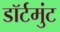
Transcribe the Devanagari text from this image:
डॉर्टमुंट